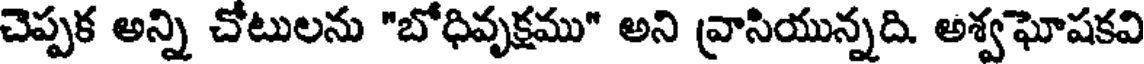
చెప్పక అన్ని చోటులను "బోధివృక్షము" అని వ్రాసియున్నది. అశ్వఘోషకవి